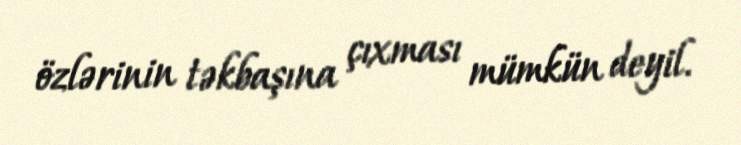
özlərinin təkbaşına çıxması mümkün deyil.